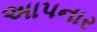
અાપનાર